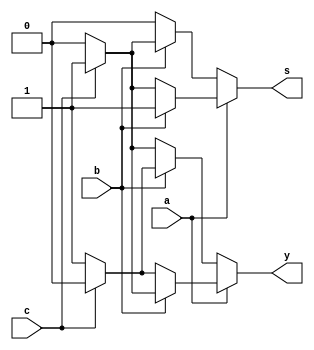
module adder(a,b,c,y,s);
input a,b,c;
output reg y,s;
always @ (a or b or c) begin
   if (a == 1'b1) begin
   		if(b == 1'b1) begin
   			if(c == 1'b1)begin
   				y=1'b1;
   				s=1'b1;
   			end
   			else begin
   				y=1'b0;
   				s=1'b1;
   			end	
   		end
   		else begin
   			if(c == 1'b1)begin
   				y=1'b0;
   				s=1'b1;
   			end
   			else begin
   				y=1'b1;
   				s=1'b0;
   			end	
   		end
       		
    end
   else begin
   		if(b == 1'b1) begin
   			if(c == 1'b1)begin
   				y=1'b0;
   				s=1'b1;
   			end
   			else begin
   				y=1'b1;
   				s=1'b0;
   			end	
   		end
   		else begin
   			if(c == 1'b1)begin
   				y=1'b1;
   				s=1'b0;
   			end
   			else begin
   				y=1'b0;
   				s=1'b0;
   			end	
   		end
       		
    end 
        
end
endmodule